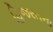
હિજરતના